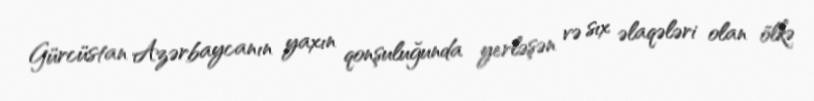
Gürcüstan Azərbaycanın yaxın qonşuluğunda yerləşən və sıx əlaqələri olan ölkə